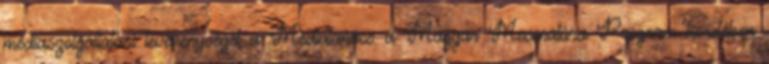
médiaszolgáltatási tevékenységét a Médiatanács a Magyar Mecenatúra Program keretében